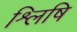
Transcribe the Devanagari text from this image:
श्लिषि